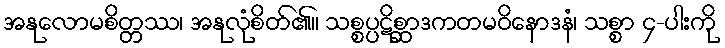
အနုလောမစိတ္တဿ၊ အနုလုံစိတ်၏။ သစ္စပ္ပဋိစ္ဆာဒကတမဝိနောဒနံ၊ သစ္စာ ၄-ပါးကို